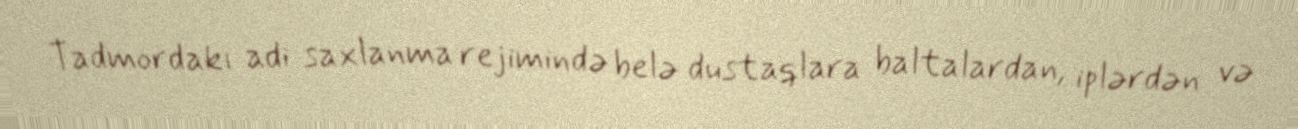
Tadmordakı adi saxlanma rejimində belə dustaqlara baltalardan, iplərdən və